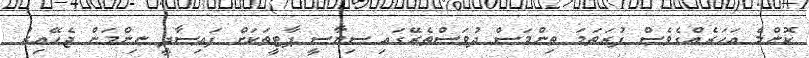
ކޮންމެ އަހަރެއްގެވެސް ފުރަތަމަ ތިންމަސް ދުވަސްތެރޭގައި ސިޔާސީ ޕާޓީތަކަށް ފައިސާދީ ނިންމަން ޖެހޭއިރު